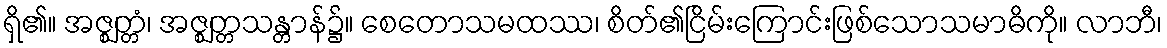
ရှိ၏။ အဇ္ဈတ္တံ၊ အဇ္ဈတ္တသန္တာန်၌။ စေတောသမထဿ၊ စိတ်၏ငြိမ်းကြောင်းဖြစ်သောသမာဓိကို။ လာဘီ၊